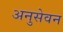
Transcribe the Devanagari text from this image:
अनुसेवन